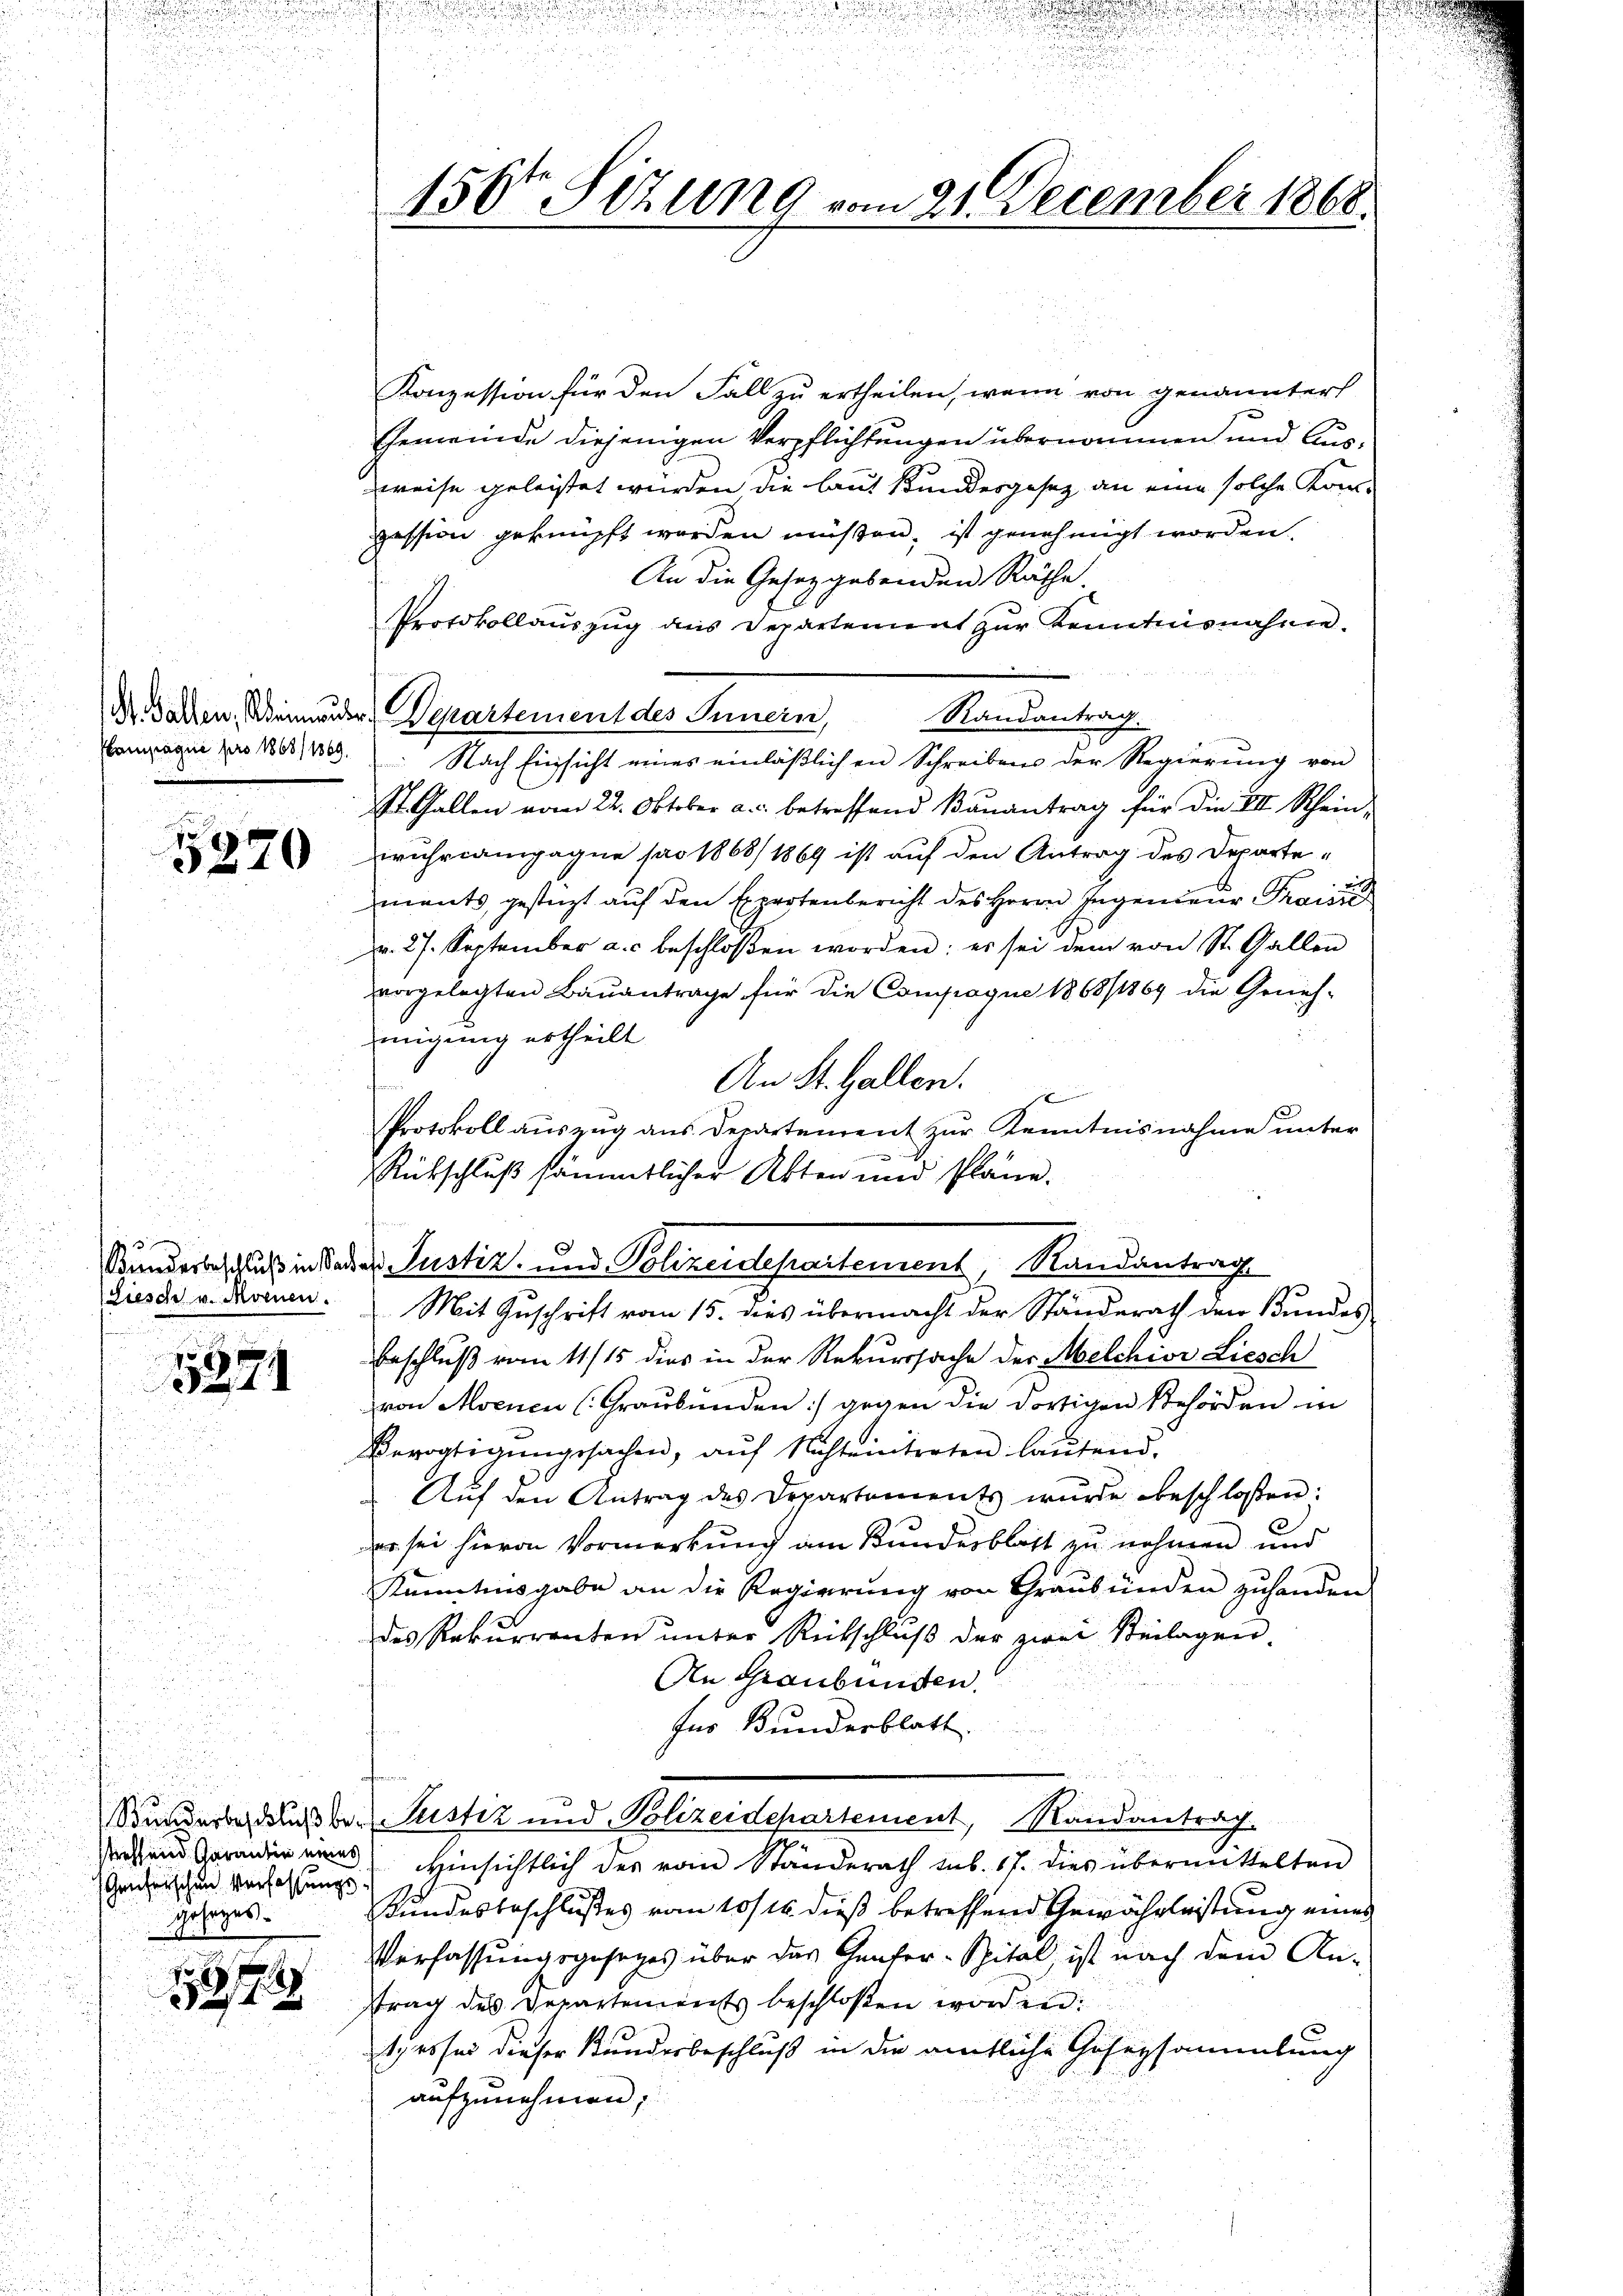
Plampagnie pro 1863/ 1869.

5820

3
Fiesch v. Moenen.

5374

Grüfrischen Verfassungs
Gesezes.

1874

2

150ten Sizung vom 21. December 1868.

Konzession für den Fall zu ertheilen, wenn von genannter
Gemeinde diejenigen Verpflichtungen übernommen und Ausweise geleistet würden die laut Kundesgesez an eine solche Kom-
zession geknüpft worden müßen, ist genehmigt worden.
An die Gesetzgebenden Räthe.
Protokollauszug aus Departement zur Kenntnisnahme.
Dr. Gallen, einander Departement des Innern,
Randantrag.
 Nach Einsicht eines einläßlichen Schreibens der Regierung von
St. Gallen vom 22. Oktober a. c. betreffend Bauantrag für die VII. Schein-
uhriampagne pro 1868/1869 ist auf den Antrag des Departe-
ments gestatt auf den Expertenbericht des Herrn Ingenieur Preise
d. 27. September a.c. beschlossen worden: es sei dem von St. Gallen
vorgelegten Bauantrage für die Compoque 1868/1869 die Geneh-
migung ertheilt.
An St. Gallen.
f
se
Protokoll auszug aus Departement zur Kenntnisnahme unter
Rütschluß sämmtlicher Akten und Pläne.
Mit Zuschrift vom 15. dies übermacht der Ständerath den Bundes
Beschluß vom 11/15 dies in der Rekurssache der Melchior Liesch
von Avenen (Graubünden :/ gegen die dortigen Behörden in
Bevogtigŭngssachen, aŭf Nichteintreten laŭtend.
 Aŭf den Antrag des Departements wurde beschlossen:
er sei hievon Vormerkung am Kundesblatt zu nehmen und
Kenntnisgabe an die Regierŭng von Graubünden zŭhanden
des Rekŭrrenten ŭnter Reitschlŭβ der zwei Beilagen.
An Graubünden.
Ins Bunderblatt
Wunderbeschluß der Justiz und Polizeidepartement, Mandantrag.
rsend Grade eines Hinsichtlich des vom Standerath sub. 17. dies übermittelten
Kundesbeschlußes vom 10ten dieß betreffend Gewährleistung einer
Verfassungsgesezes über das Haufer-Spital, ist nach dem An-
trag des Departements beschloßen worden.
t, es sei dieser Kunderbeschluß in die amtliche Gesersammlung
aufzunehmen;

Bunderbeschluß in Bades Justiz- und Polizeidepartement Randantrag

.